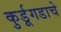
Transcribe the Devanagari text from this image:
कुर्डूगडाचे